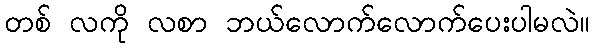
တစ် လကို လစာ ဘယ်လောက်လောက်ပေးပါမလဲ။